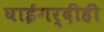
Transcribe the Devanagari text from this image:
घाईगर्दीही